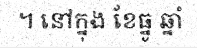
។ នៅក្នុង ខែធ្នូ ឆ្នាំ